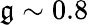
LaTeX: \mathfrak{g}\sim0.8